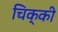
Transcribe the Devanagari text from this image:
चिक्‍की